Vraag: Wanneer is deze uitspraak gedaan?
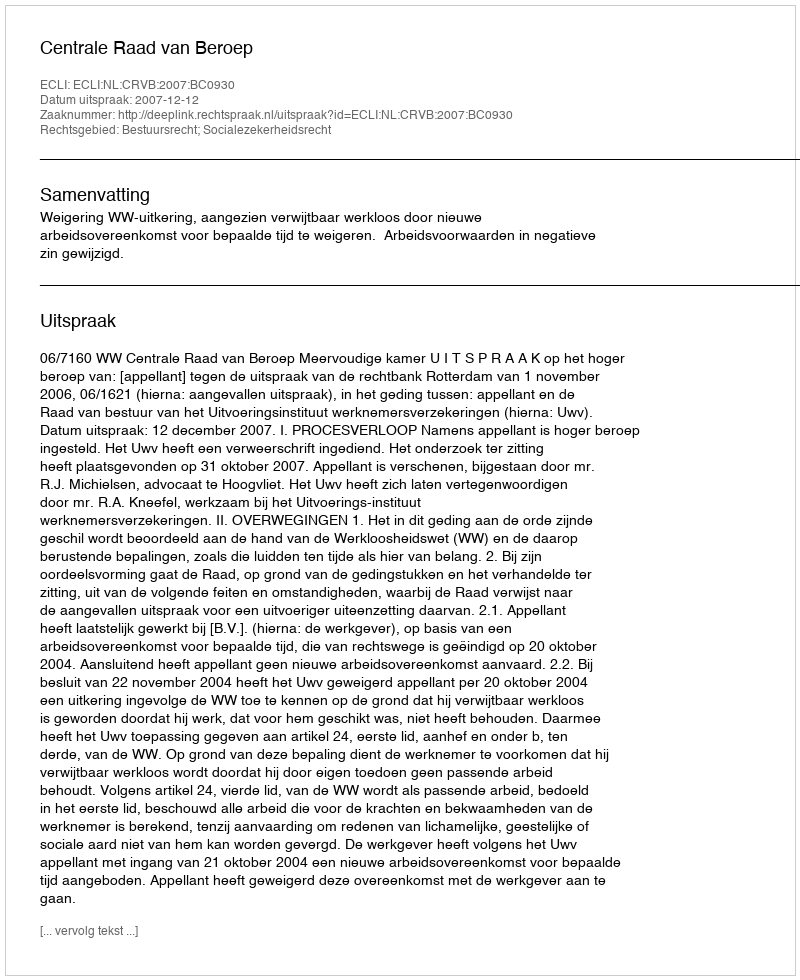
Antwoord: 2007-12-12